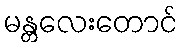
မန္တလေးတောင်